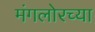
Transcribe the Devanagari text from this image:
मंगलोरच्या